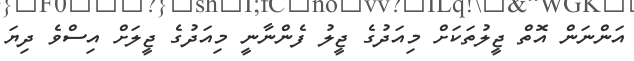
އަންނަން އޮތް ޖީލުތަކަށް މިއަދުގެ ޖީލު ފެންނާނީ މިއަދުގެ ޖީލަށް އިސްވެ ދިޔަ